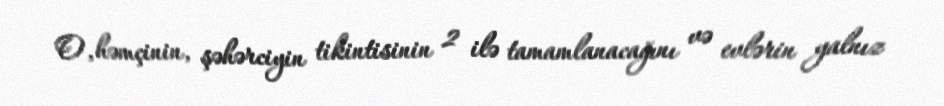
O, həmçinin, şəhərciyin tikintisinin 2 ilə tamamlanacağını və evlərin yalnız